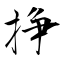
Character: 挣